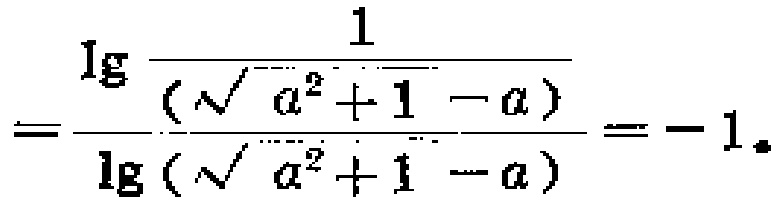
\(=\frac{\lg\frac{1}{(\sqrt{a^{2}+1}-a)}}{\lg(\sqrt{a^{2}+1}-a)}=-1。\)